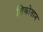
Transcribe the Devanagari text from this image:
शिकोतान